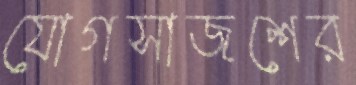
যোগসাজশের